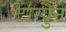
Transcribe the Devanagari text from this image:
टाखुन